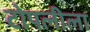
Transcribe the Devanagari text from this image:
टोपलीला